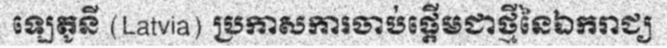
ឡេតូនី (Latvia) ប្រកាសការចាប់ផ្តើមជាថ្មីនៃឯករាជ្យ